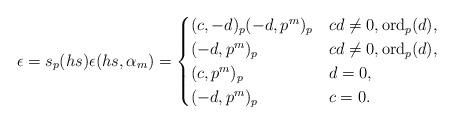
LaTeX: \begin{align*} \epsilon = s_p(hs) \epsilon(hs,\alpha_m) = \begin{cases} (c,-d)_p(-d,p^m)_p & cd \neq 0, \mathrm{ord}_p(d) , \\ (-d,p^m)_p & cd \neq 0, \mathrm{ord}_p(d) ,\\ (c,p^m)_p & d = 0,\\ (-d,p^m)_p & c = 0. \end{cases}\end{align*}